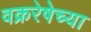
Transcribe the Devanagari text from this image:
वक्ररेषेच्या